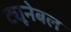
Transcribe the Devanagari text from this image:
ट्यूनेबल